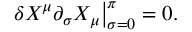
\left. \delta X ^ { \mu } \partial _ { \sigma } X _ { \mu } \right| _ { \sigma = 0 } ^ { \pi } = 0 .